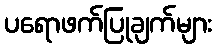
ပရောဖက်ပြုချက်များ